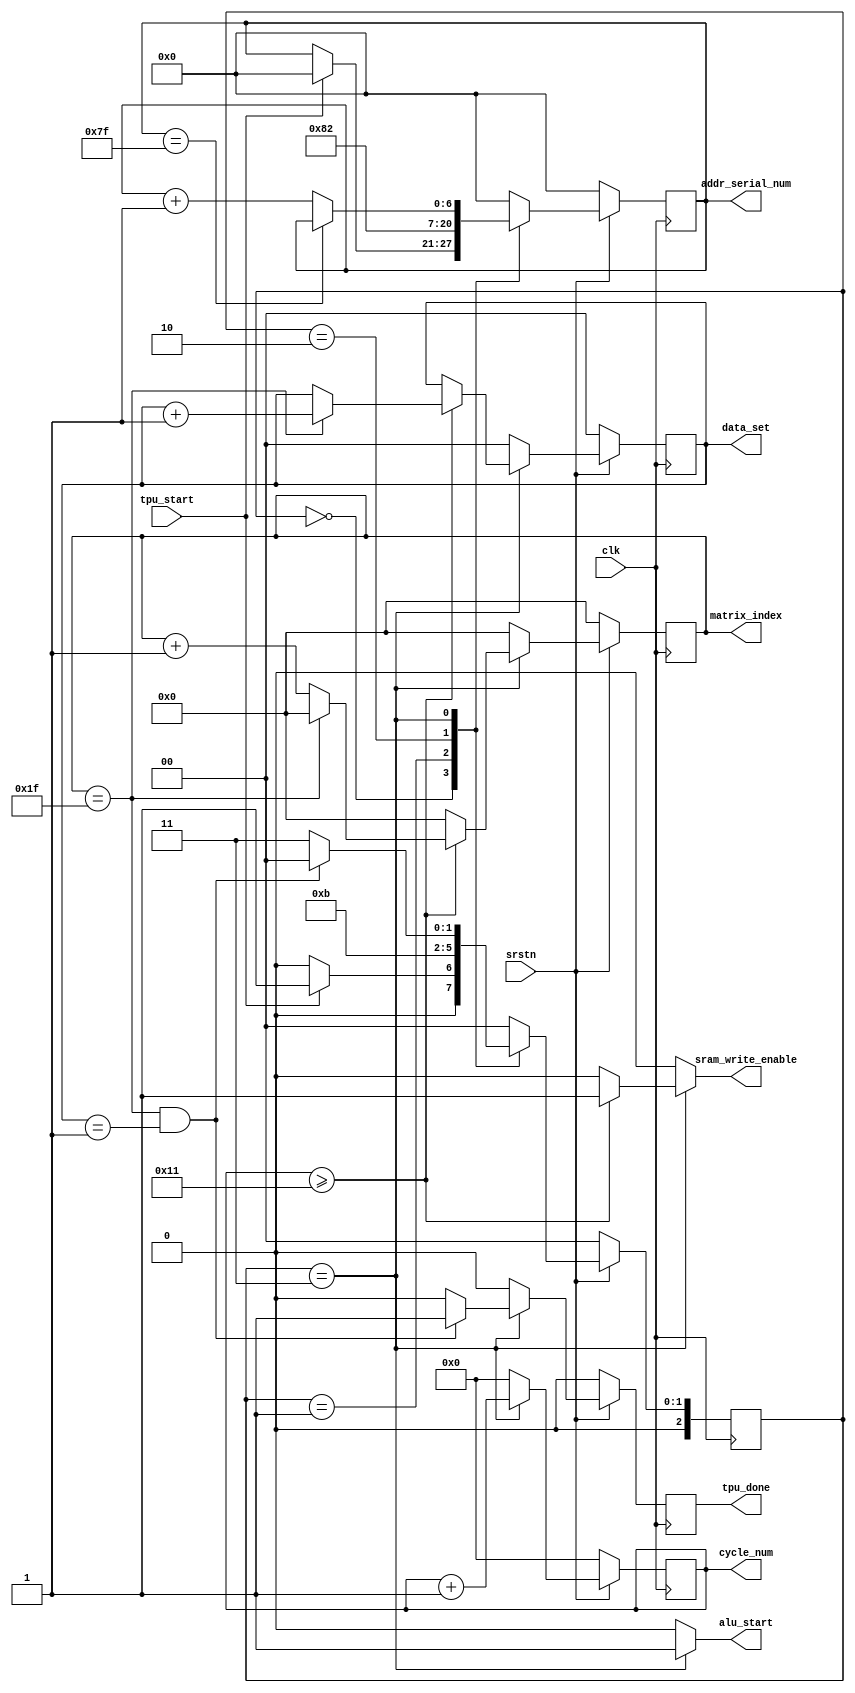
//-----controller for systolic array----

module systolic_control#(
	parameter ARRAY_SIZE = 16
)
(
	input clk,
	input srstn,
	input tpu_start,																//total enable signal
	
	output reg sram_write_enable,

	//addr_sel
	output reg [6:0] addr_serial_num,

	//systolic array
	output reg alu_start,														//shift & multiplcation start
	output reg [8:0] cycle_num,													//for systolic.v
	output reg [5:0] matrix_index,												//index for write-out SRAM data
	output reg [1:0] data_set,

	output reg tpu_done														//done signal
);

localparam IDLE = 3'd0, LOAD_DATA = 3'd1, WAIT1 = 3'd2, ROLLING = 3'd3;

//----general variable----
reg [2:0] state;
reg [2:0] state_nx;

reg [1:0] data_set_nx;

reg tpu_done_nx;

//----addr_sel----
reg [6:0] addr_serial_num_nx;

//----systolic array----
reg [8:0] cycle_num_nx;
reg [5:0] matrix_index_nx;

//----initialization----
always@(posedge clk) begin
	if(~srstn) begin
		state <= IDLE;
		data_set <= 0;
		cycle_num <= 0;
		matrix_index <= 0;
		addr_serial_num <= 0;
		tpu_done <= 0;
	end
	else begin
		state <= state_nx;
		data_set <= data_set_nx;
		cycle_num <= cycle_num_nx;
		matrix_index <= matrix_index_nx;
		addr_serial_num <= addr_serial_num_nx;
		tpu_done <= tpu_done_nx;
	end
end

//----state transition, tpu_done signal----
always@(*) begin
	case(state) 
		IDLE:	 begin
			if(tpu_start)
				state_nx = LOAD_DATA;
			else
				state_nx = IDLE;
			tpu_done_nx = 0;
		end

		LOAD_DATA: begin
			state_nx = WAIT1;
			tpu_done_nx = 0;
		end

		WAIT1: begin
			state_nx = ROLLING;
			tpu_done_nx = 0;
		end

		ROLLING: begin
			if(matrix_index==31 && data_set == 1) begin
				state_nx = IDLE;
				tpu_done_nx = 1;
			end
			else begin
				state_nx = ROLLING;
				tpu_done_nx = 0;
			end
		end

		default: begin
			state_nx = IDLE;
			tpu_done_nx = 0;
		end
	endcase
end

//-----addr_sel: addr_serial_num-----
always@(*) begin
	case(state)
		IDLE: begin
			if(tpu_start)
				addr_serial_num_nx = 0;
			else
				addr_serial_num_nx = addr_serial_num;
		end

		LOAD_DATA:
			addr_serial_num_nx = 1;

		WAIT1: 
			addr_serial_num_nx = 2;

		ROLLING: begin
			if(addr_serial_num == 127)
				addr_serial_num_nx = addr_serial_num;
			else
				addr_serial_num_nx = addr_serial_num + 1;
		end

		default:
			addr_serial_num_nx = 0;
	endcase
end

//------systolic: alu_start, cycle_num, matrix_index, data_set,
//sram_write_enable------
always@(*) begin
	case(state)
		IDLE: begin
			alu_start = 0;
			cycle_num_nx = 0;
			matrix_index_nx = 0;
			data_set_nx = 0;
			sram_write_enable = 0;
		end

		LOAD_DATA: begin
			alu_start = 0;
			cycle_num_nx = 0;
			matrix_index_nx = 0;
			data_set_nx = 0;
			sram_write_enable = 0;
		end

		WAIT1: begin
			alu_start = 0;
			cycle_num_nx = 0;
			matrix_index_nx = 0;
			data_set_nx = 0;
			sram_write_enable = 0;
		end

		ROLLING: begin
			alu_start = 1;
			cycle_num_nx = cycle_num + 1;
			if(cycle_num >= ARRAY_SIZE+1) begin
				if(matrix_index == 31) begin
					matrix_index_nx = 0;
					data_set_nx = data_set + 1;
				end
				else begin
					matrix_index_nx = matrix_index + 1;
					data_set_nx = data_set;
				end
				sram_write_enable = 1;
			end
			else begin
				matrix_index_nx = 0;
				data_set_nx = data_set;
				sram_write_enable = 0;
			end
		end

		default: begin
			alu_start = 0;
			cycle_num_nx = 0;
			matrix_index_nx = 0;
			data_set_nx = 0;
			sram_write_enable = 0;
		end
		
	endcase
end

endmodule